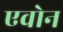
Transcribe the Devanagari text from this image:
एवोन